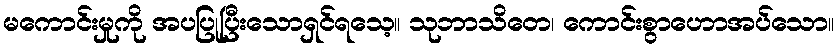
မကောင်းမှုကို အပပြုပြီးသောရှင်ရသေ့။ သုဘာသိတေ၊ ကောင်းစွာဟောအပ်သော။